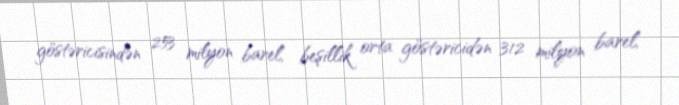
göstəricisindən 253 milyon barel, beşillik orta göstəricidən 312 milyon barel,